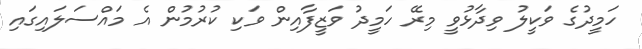
ހަމީދުގެ ވަކީލު ވިދާޅުވީ މިރޭ ހަމީދު ވަޒީފާއިން ވަކި ކުރުމުން އެ މައްސަލައިގައި